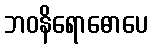
ဘဝနိရောဓောပေ